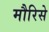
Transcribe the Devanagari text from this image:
मौरिसे